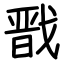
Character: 戬